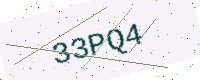
Text: 33PQ4